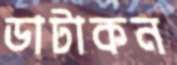
ডাটাকন